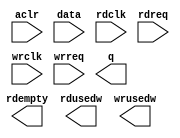
// megafunction wizard: %FIFO%VBB%
// GENERATION: STANDARD
// VERSION: WM1.0
// MODULE: dcfifo 

// ============================================================
// Megafunction Name(s):
// 			dcfifo
//
// Simulation Library Files(s):
// 			altera_mf
// ============================================================
// ************************************************************
// THIS IS A WIZARD-GENERATED FILE. DO NOT EDIT THIS FILE!
//
// 15.0.0 Build 145 04/22/2015 SJ Full Version
// ************************************************************

//Copyright (C) 1991-2015 Altera Corporation. All rights reserved.
//Your use of Altera Corporation's design tools, logic functions 
//and other software and tools, and its AMPP partner logic 
//functions, and any output files from any of the foregoing 
//(including device programming or simulation files), and any 
//associated documentation or information are expressly subject 
//to the terms and conditions of the Altera Program License 
//Subscription Agreement, the Altera Quartus II License Agreement,
//the Altera MegaCore Function License Agreement, or other 
//applicable license agreement, including, without limitation, 
//that your use is for the sole purpose of programming logic 
//devices manufactured by Altera and sold by Altera or its 
//authorized distributors.  Please refer to the applicable 
//agreement for further details.

module my_Sdram_RD_FIFO (
	aclr,
	data,
	rdclk,
	rdreq,
	wrclk,
	wrreq,
	q,
	rdempty,
	rdusedw,
	wrusedw);

	input	  aclr;
	input	[15:0]  data;
	input	  rdclk;
	input	  rdreq;
	input	  wrclk;
	input	  wrreq;
	output	[15:0]  q;
	output	  rdempty;
	output	[9:0]  rdusedw;
	output	[9:0]  wrusedw;
`ifndef ALTERA_RESERVED_QIS
// synopsys translate_off
`endif
	tri0	  aclr;
`ifndef ALTERA_RESERVED_QIS
// synopsys translate_on
`endif

endmodule

// ============================================================
// CNX file retrieval info
// ============================================================
// Retrieval info: PRIVATE: AlmostEmpty NUMERIC "0"
// Retrieval info: PRIVATE: AlmostEmptyThr NUMERIC "-1"
// Retrieval info: PRIVATE: AlmostFull NUMERIC "0"
// Retrieval info: PRIVATE: AlmostFullThr NUMERIC "-1"
// Retrieval info: PRIVATE: CLOCKS_ARE_SYNCHRONIZED NUMERIC "0"
// Retrieval info: PRIVATE: Clock NUMERIC "4"
// Retrieval info: PRIVATE: Depth NUMERIC "1024"
// Retrieval info: PRIVATE: Empty NUMERIC "1"
// Retrieval info: PRIVATE: Full NUMERIC "1"
// Retrieval info: PRIVATE: INTENDED_DEVICE_FAMILY STRING "Cyclone IV E"
// Retrieval info: PRIVATE: LE_BasedFIFO NUMERIC "0"
// Retrieval info: PRIVATE: LegacyRREQ NUMERIC "1"
// Retrieval info: PRIVATE: MAX_DEPTH_BY_9 NUMERIC "0"
// Retrieval info: PRIVATE: OVERFLOW_CHECKING NUMERIC "0"
// Retrieval info: PRIVATE: Optimize NUMERIC "0"
// Retrieval info: PRIVATE: RAM_BLOCK_TYPE NUMERIC "2"
// Retrieval info: PRIVATE: SYNTH_WRAPPER_GEN_POSTFIX STRING "0"
// Retrieval info: PRIVATE: UNDERFLOW_CHECKING NUMERIC "0"
// Retrieval info: PRIVATE: UsedW NUMERIC "1"
// Retrieval info: PRIVATE: Width NUMERIC "16"
// Retrieval info: PRIVATE: dc_aclr NUMERIC "1"
// Retrieval info: PRIVATE: diff_widths NUMERIC "0"
// Retrieval info: PRIVATE: msb_usedw NUMERIC "0"
// Retrieval info: PRIVATE: output_width NUMERIC "16"
// Retrieval info: PRIVATE: rsEmpty NUMERIC "1"
// Retrieval info: PRIVATE: rsFull NUMERIC "0"
// Retrieval info: PRIVATE: rsUsedW NUMERIC "1"
// Retrieval info: PRIVATE: sc_aclr NUMERIC "0"
// Retrieval info: PRIVATE: sc_sclr NUMERIC "0"
// Retrieval info: PRIVATE: wsEmpty NUMERIC "0"
// Retrieval info: PRIVATE: wsFull NUMERIC "0"
// Retrieval info: PRIVATE: wsUsedW NUMERIC "1"
// Retrieval info: LIBRARY: altera_mf altera_mf.altera_mf_components.all
// Retrieval info: CONSTANT: INTENDED_DEVICE_FAMILY STRING "Cyclone IV E"
// Retrieval info: CONSTANT: LPM_HINT STRING "RAM_BLOCK_TYPE=M9K"
// Retrieval info: CONSTANT: LPM_NUMWORDS NUMERIC "1024"
// Retrieval info: CONSTANT: LPM_SHOWAHEAD STRING "OFF"
// Retrieval info: CONSTANT: LPM_TYPE STRING "dcfifo"
// Retrieval info: CONSTANT: LPM_WIDTH NUMERIC "16"
// Retrieval info: CONSTANT: LPM_WIDTHU NUMERIC "10"
// Retrieval info: CONSTANT: OVERFLOW_CHECKING STRING "ON"
// Retrieval info: CONSTANT: RDSYNC_DELAYPIPE NUMERIC "4"
// Retrieval info: CONSTANT: READ_ACLR_SYNCH STRING "OFF"
// Retrieval info: CONSTANT: UNDERFLOW_CHECKING STRING "ON"
// Retrieval info: CONSTANT: USE_EAB STRING "ON"
// Retrieval info: CONSTANT: WRITE_ACLR_SYNCH STRING "OFF"
// Retrieval info: CONSTANT: WRSYNC_DELAYPIPE NUMERIC "4"
// Retrieval info: USED_PORT: aclr 0 0 0 0 INPUT GND "aclr"
// Retrieval info: USED_PORT: data 0 0 16 0 INPUT NODEFVAL "data[15..0]"
// Retrieval info: USED_PORT: q 0 0 16 0 OUTPUT NODEFVAL "q[15..0]"
// Retrieval info: USED_PORT: rdclk 0 0 0 0 INPUT NODEFVAL "rdclk"
// Retrieval info: USED_PORT: rdempty 0 0 0 0 OUTPUT NODEFVAL "rdempty"
// Retrieval info: USED_PORT: rdreq 0 0 0 0 INPUT NODEFVAL "rdreq"
// Retrieval info: USED_PORT: rdusedw 0 0 10 0 OUTPUT NODEFVAL "rdusedw[9..0]"
// Retrieval info: USED_PORT: wrclk 0 0 0 0 INPUT NODEFVAL "wrclk"
// Retrieval info: USED_PORT: wrreq 0 0 0 0 INPUT NODEFVAL "wrreq"
// Retrieval info: USED_PORT: wrusedw 0 0 10 0 OUTPUT NODEFVAL "wrusedw[9..0]"
// Retrieval info: CONNECT: @aclr 0 0 0 0 aclr 0 0 0 0
// Retrieval info: CONNECT: @data 0 0 16 0 data 0 0 16 0
// Retrieval info: CONNECT: @rdclk 0 0 0 0 rdclk 0 0 0 0
// Retrieval info: CONNECT: @rdreq 0 0 0 0 rdreq 0 0 0 0
// Retrieval info: CONNECT: @wrclk 0 0 0 0 wrclk 0 0 0 0
// Retrieval info: CONNECT: @wrreq 0 0 0 0 wrreq 0 0 0 0
// Retrieval info: CONNECT: q 0 0 16 0 @q 0 0 16 0
// Retrieval info: CONNECT: rdempty 0 0 0 0 @rdempty 0 0 0 0
// Retrieval info: CONNECT: rdusedw 0 0 10 0 @rdusedw 0 0 10 0
// Retrieval info: CONNECT: wrusedw 0 0 10 0 @wrusedw 0 0 10 0
// Retrieval info: GEN_FILE: TYPE_NORMAL my_Sdram_RD_FIFO.v TRUE
// Retrieval info: GEN_FILE: TYPE_NORMAL my_Sdram_RD_FIFO.inc FALSE
// Retrieval info: GEN_FILE: TYPE_NORMAL my_Sdram_RD_FIFO.cmp FALSE
// Retrieval info: GEN_FILE: TYPE_NORMAL my_Sdram_RD_FIFO.bsf TRUE
// Retrieval info: GEN_FILE: TYPE_NORMAL my_Sdram_RD_FIFO_inst.v FALSE
// Retrieval info: GEN_FILE: TYPE_NORMAL my_Sdram_RD_FIFO_bb.v TRUE
// Retrieval info: LIB_FILE: altera_mf